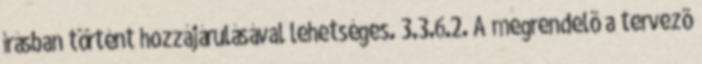
írásban történt hozzájárulásával lehetséges. 3.3.6.2. A megrendelõ a tervezõ